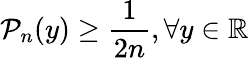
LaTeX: \mathcal{P}_{n}(y)\ge\frac{1}{2n},\forall y\in\mathbb{R}